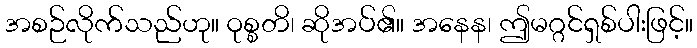
အစဉ်လိုက်သည်ဟု။ ဝုစ္စတိ၊ ဆိုအပ်၏။ အနေန၊ ဤမဂ္ဂင်ရှစ်ပါးဖြင့်။